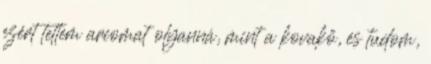
ezért tettem arcomat olyanná, mint a kovakő, és tudom,